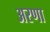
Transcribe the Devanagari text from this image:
अरणा